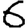
Digit: 6